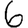
Digit: 6